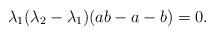
LaTeX: \begin{align*}\lambda_1(\lambda_2-\lambda_1)(ab-a-b)=0.\end{align*}